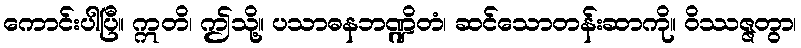
ကောင်းပါပြီ။ ဣတိ၊ ဤသို့။ ပသာဓနဘဏ္ဍိတံ၊ ဆင်သောတန်းဆာကို။ ဝိဿဇ္ဇတွာ၊